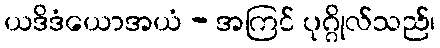
ယဒိဒံယောအယံ - အကြင် ပုဂ္ဂိုလ်သည်၊